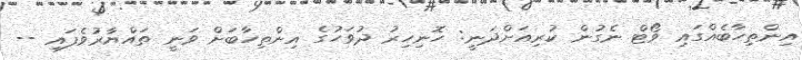
އިންތިހާބެއްގައި ވޯޓް ނެގުން ކުރިއަށްދަނީ: ހޮނިހިރު ދުވަހުގެ އިންތިހާބަށް ވަނީ ތައްޔާރުވެފައި --